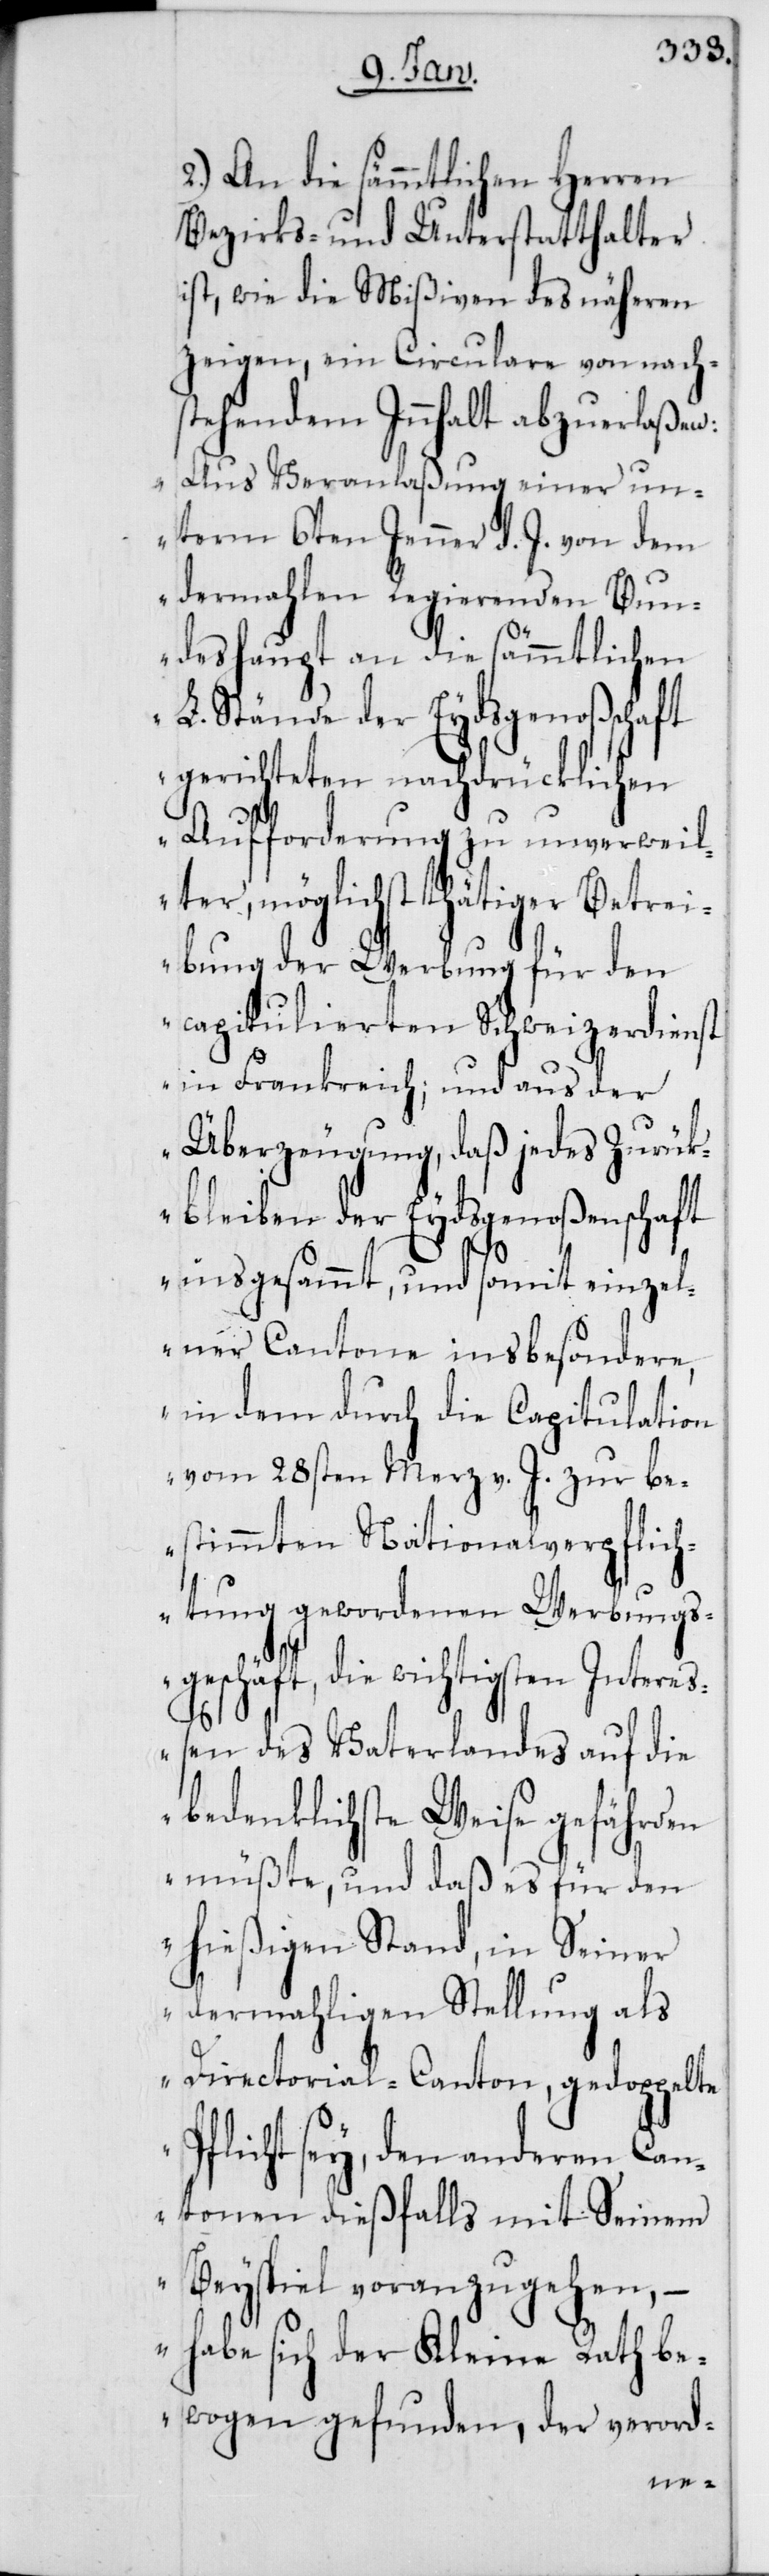
2.) An die sämmtlichen Herren
Bezirks- und Unterstatthalter
ist, wie die Mißiven des näheren
zeigen, ein Circulare von nach¬
stehendem Innhalt abzuerlaßen:
„Aus Veranlaßung einer un¬
term 6ten Jenner d. J. von dem
dermahlen Regierenden Bun¬
deshaupt an die sämmtlichen
L. Stände der Eydsgenoßenschaft
gerichteten nachdrücklichen
Aufforderung zu unverweil¬
ter, möglichst thätiger Betrei¬
bung der Werbung für den
capitulierten Schweizerdienst
in Frankreich; und aus der
Überzeugung, daß jedes Zurück¬
bleiben der Eydsgenoßenschaft
insgesammt, und somit einzel¬
ner Cantone insbesondere,
in dem durch die Capitulation
vom 28sten Merz v. J. zur be¬
stimmten Nationalverpflich¬
tung gewordenen Werbungs¬
geschäft, die wichtigsten Intereß¬
en des Vaterlandes auf die
bedenklichste Weise gefährden
müßte, und daß es für den
hießigen Stand, in Seiner
dermahligen Stellung als
Directorial-Canton, gedoppelte
Pflicht sey, den anderen Can¬
tonen dießfalls mit Seinem
Beyspiel voranzugehen, –
habe sich der Kleine Rath be¬
wogen gefunden, der verord-